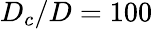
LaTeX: D_{c}/D=100